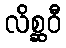
လိစ္ဆဝီ